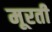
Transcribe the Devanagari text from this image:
मूरती